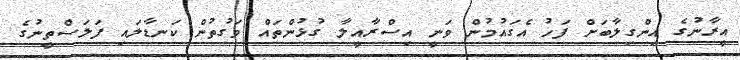
އީރާނުގެ އިންގިލާބަށް ފަހު އެގައުމުން ވަނީ އިސްރާއީލާ ގުޅުންތައް ވަގުތުން ކަނޑާލައި ފަލަސްތީނުގެ